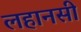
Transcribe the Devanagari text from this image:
लहानसी